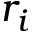
r _ { i }